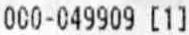
000-049909 [1]